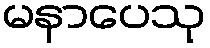
မနာပေသု